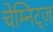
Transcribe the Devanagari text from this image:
चेम्निट्ज़